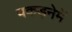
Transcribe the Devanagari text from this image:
पकड़नेमें